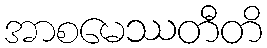
အာစမေဿတီတိ